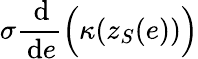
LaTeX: \sigma\frac{\, \mathrm{d}}{\, \mathrm{d}e}\Big(\kappa(z_{S}(e))\Big)